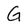
Character: G